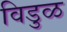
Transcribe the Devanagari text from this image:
विडुळ